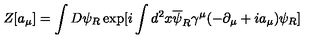
Z [ a _ { \mu } ] = \int D \psi _ { R } \exp [ i \int d ^ { 2 } x \overline { { \psi } } _ { R } \gamma ^ { \mu } ( - \partial _ { \mu } + i a _ { \mu } ) \psi _ { R } ]